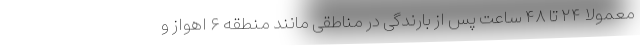
معمولا ۲۴ تا ۴۸ ساعت پس از بارندگی در مناطقی مانند منطقه ۶ اهواز و